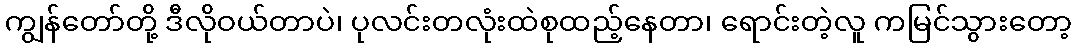
ကျွန်တော်တို့ ဒီလိုဝယ်တာပဲ၊ ပုလင်းတလုံးထဲစုထည့်နေတာ၊ ရောင်းတဲ့လူ ကမြင်သွားတော့